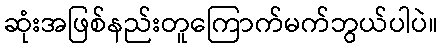
ဆုံးအဖြစ်နည်းတူကြောက်မက်ဘွယ်ပါပဲ။